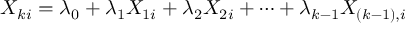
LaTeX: X _ { k i } = \lambda _ { 0 } + \lambda _ { 1 } X _ { 1 i } + \lambda _ { 2 } X _ { 2 i } + \dots + \lambda _ { k - 1 } X _ { ( k - 1 ) , i }